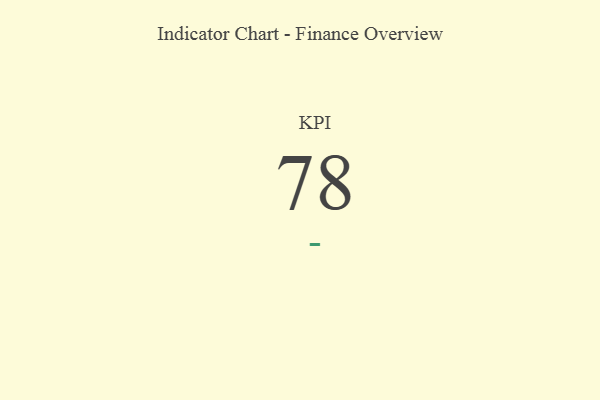
{"axis": {"x": "KPI", "y": "Value"}, "legend": [""], "data": [{"x": "KPI", "y": 78, "type": ""}]}